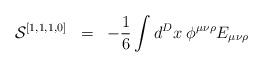
LaTeX: \begin{align*}{\cal{S}}^{[1,1,1,0]} \;\; =\;\; - \frac{1}{6} \int d^D x \; \phi^{\mu\nu\rho} E_{\mu\nu\rho} \end{align*}